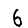
Digit: 6